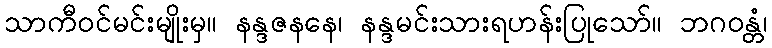
သာကီဝင်မင်းမျိုးမှ။ နန္ဒဇနနေ၊ နန္ဒမင်းသားရဟန်းပြုသော်။ ဘဂဝန္တံ၊